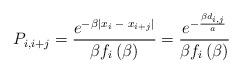
LaTeX: \begin{align*}P_{i,i+j}=\frac{e^{-\beta \left| x_i\;-\;x_{i+j}\right| }}{\beta f_i\left(\beta \right)} = \frac{e^{- \frac{\beta d_{i,j}}{a}}}{\beta f_i\left(\beta \right)} \end{align*}